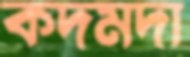
কদমদা